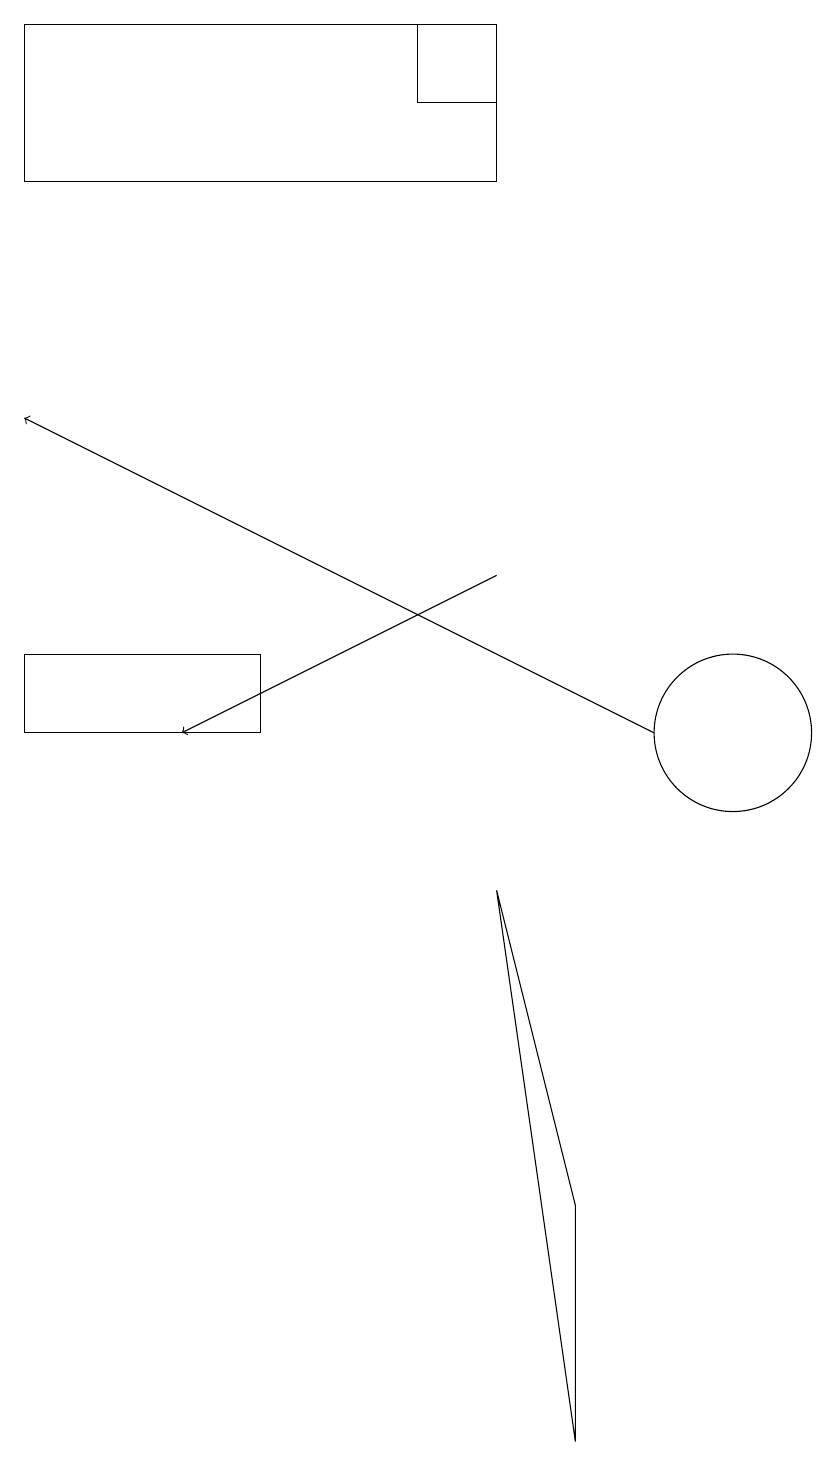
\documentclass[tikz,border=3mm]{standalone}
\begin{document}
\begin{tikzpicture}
\draw[->] (7,12) -- (3,10);
\draw (10,10) circle (1);
\draw (1,19) rectangle (7,17);
\draw (1,11) rectangle (4,10);
\draw[->] (9,10) -- (1,14);
\draw (8,1) -- (7,8) -- (8,4) -- cycle;
\draw (7,19) rectangle (6,18);
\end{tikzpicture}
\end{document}